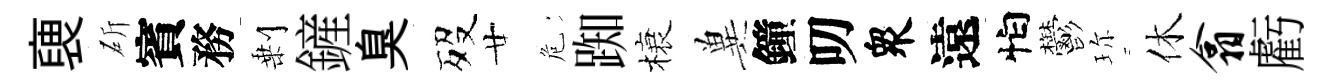
褏斫賓務剰鏟臭歿廿危踟榱兾鐘叨衆遠怕鬱珎休翕虧